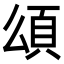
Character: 𩑑